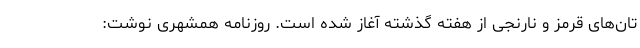
تان‌های قرمز و نارنجی از هفته گذشته آغاز شده است. روزنامه همشهری نوشت: